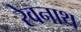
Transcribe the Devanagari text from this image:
रेवनाथ